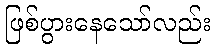
ဖြစ်ပွားနေသော်လည်း